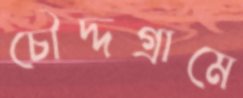
চৌদ্দগ্রামে